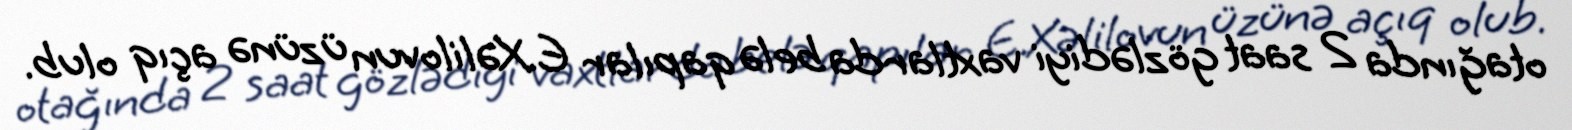
otağında 2 saat gözlədiyi vaxtlarda belə qapılar E.Xəlilovun üzünə açıq olub.